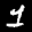
Label: 1